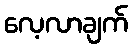
လေ့လာချက်